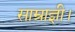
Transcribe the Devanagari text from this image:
साम्राज्ञी।